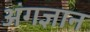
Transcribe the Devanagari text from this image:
अंगज्ञान